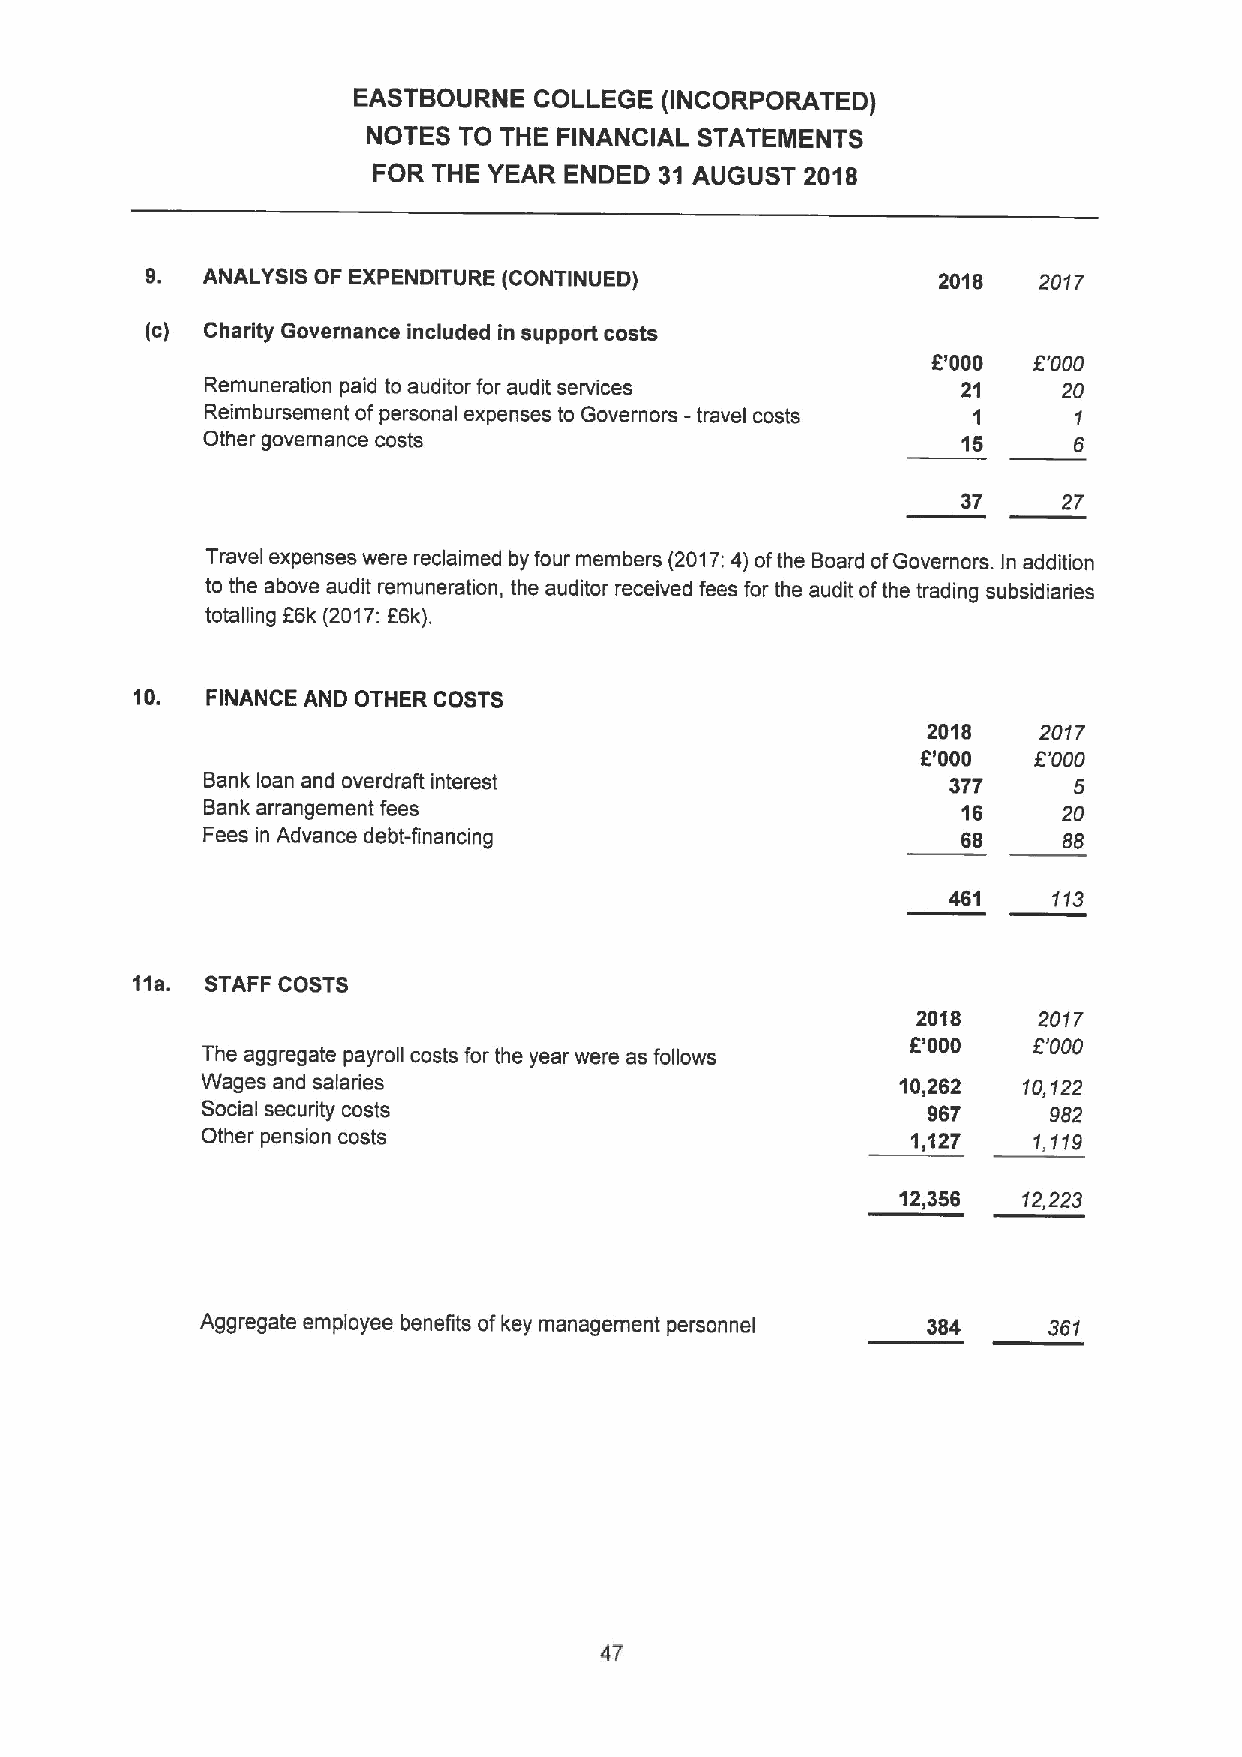
EASTBOURNE  COLLEGE  (INCOR)oORATED)
 NOTES TO THE FINANCIAL STATEMENTS
 FOR THE YEAR ENDED 31 AUGUST 2018
 9. ANALYSIS OF EXPENDITURE (CONTINUED)              2018   2017
 (c) Charity Governance included in support costs
 6'000 6'000
 Remuneration paid to auditor for audit services   21    20
 Reimbursement ofpersonal expenses to Governors - travel costs 1 1
 Other governance costs                             15     6
 37    27
 Travel expenses were reclaimed by four members (2017:4)ofthe Board ofGovernors. In addition
 to the above audit remuneration, the auditor received fees for the audit ofthe trading subsidiaries
 totalling 66k (2017:66k).
 10.  FINANCE AND OTHER COSTS
 2018    2017
 6'000  6'000
 Bank loan and overdraft interest                 377     5
 Bank arrangement fees                             16    20
 Fees in Advance debt-financing                     68    86
 461    113
 11a. STAFF COSTS
 2018    2017
 6'000   6'000
 The aggregate payroll costs for the year were as follows
 Wages and salaries                             10,262  f0,122
 Social security costs                           967      982
 Other pension costs                            1,127   1,119
 12,356  12,223
 Aggregate employee benefits ofkey management personnel 384 361
 47